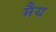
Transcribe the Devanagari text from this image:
मैय